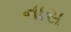
નાસ